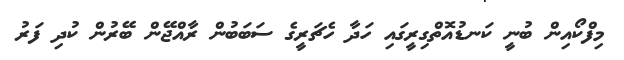
މިފްކޯއިން ބުނީ ކަނޑުއޮތްގިރީގައި ހަދާ ހެޗަރީގެ ސަބަބުން ރާއްޖޭން ބޭރުން ކުދި ފަރު